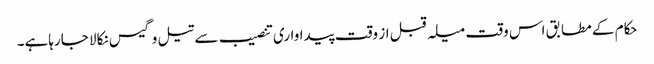
حکام کے مطابق اس وقت میلہ قبل از وقت پیداواری تنصیب سے تیل وگیس نکالا جارہاہے۔